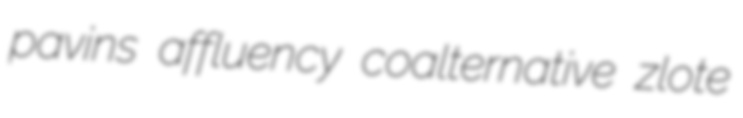
pavins affluency coalternative zlote